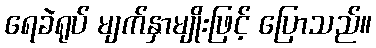
ရေခဲရုပ် မျက်နှာမျိုးဖြင့် ပြောသည်။